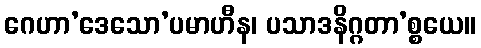
ဂေဟာ’ဒေသော’ပမာဟီန၊ ပသာဒနိဂ္ဂတာ’စ္စယေ။